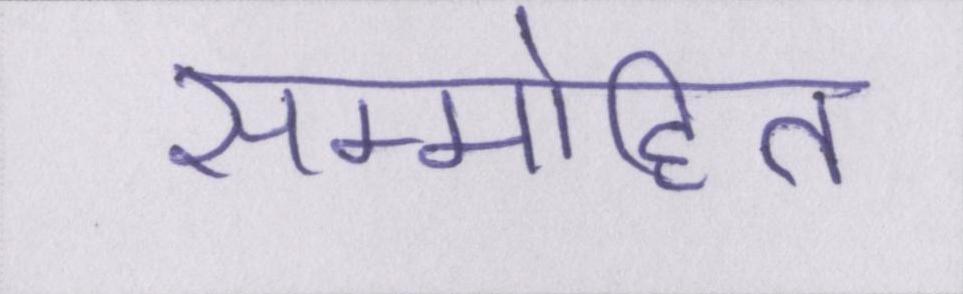
सम्मोहित